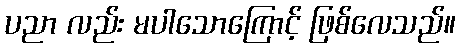
ပညာ လည်း မပါသောကြောင့် ဖြစ်လေသည်။